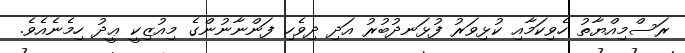
ރަސްމިއްޔާތު ހެވިކަމާއި ކުޅިވަރު ފުޅަނދުބުރު އަދި ދިވެހި ފަންނާނުންގެ މިއުޒިކީ ޢީދު ހިމެނެއެވެ.